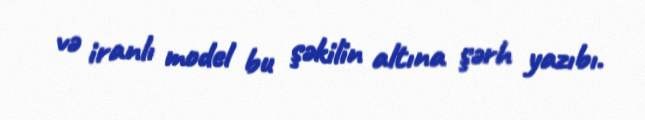
və iranlı model bu şəkilin altına şərh yazıbı.